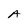
Character: A